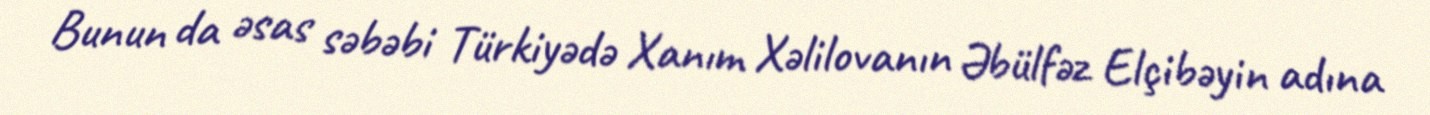
Bunun da əsas səbəbi Türkiyədə Xanım Xəlilovanın Əbülfəz Elçibəyin adına